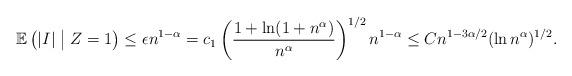
LaTeX: \begin{align*}\mathbb{E}\left(|I| \; \big| \; Z=1 \right) \le \epsilon n^{1 - \alpha} = c_1 \left(\frac{1 + \ln(1+ n^{\alpha})}{n^{\alpha}}\right)^{1/2} n^{1 - \alpha}\leq Cn^{1 - {3 \alpha}/{2}} (\ln n^\alpha)^{1/2}.\end{align*}